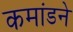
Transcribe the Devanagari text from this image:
कमांडने